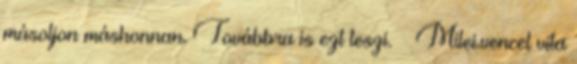
másoljon máshonnan. Továbbra is ezt teszi. – Milei.vencel vita